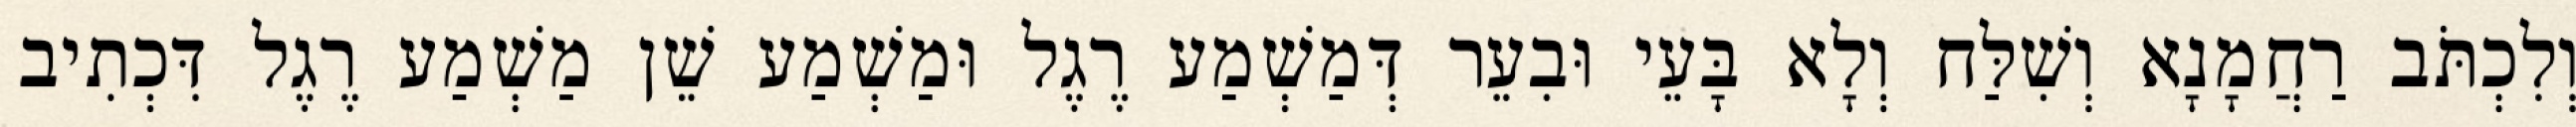
וְלִכְתֹּב רַחֲמָנָא וְשִׁלַּח וְלָא בָּעֵי וּבִעֵר דְּמַשְׁמַע רֶגֶל וּמַשְׁמַע שֵׁן מַשְׁמַע רֶגֶל דִּכְתִיב